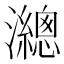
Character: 𤄋